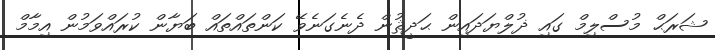
ޝަރަޙް މުސްލިމް ގައި ޛުލްޔަދައިން ޙަދީޘުން ދެނެގަނެވޭ ކަންތައްތައް ބަޔާން ކުރައްވަމުން އިމާމް